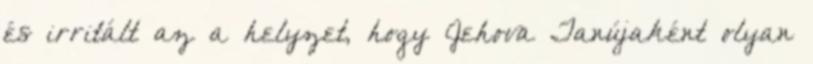
és irritált az a helyzet, hogy Jehova Tanújaként olyan